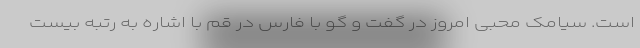
است. سیامک محبی امروز در گفت و گو با فارس در قم با اشاره به رتبه بیست